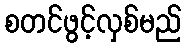
စတင်ဖွင့်လှစ်မည်